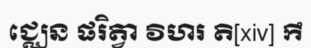
ជ្ឈេន ផរិត្វា វិហរ តិ[xiv] កឹ